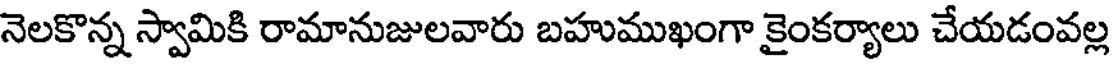
నెలకొన్న స్వామికి రామానుజులవారు బహుముఖంగా కైంకర్యాలు చేయడంవల్ల